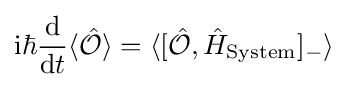
\mathrm {i} \hbar {\frac {\mathrm {d} }{\mathrm {d} t}}\langle {\hat {\mathcal {O}}}\rangle =\langle [{\hat {\mathcal {O}}},{\hat {H}}_{\mathrm {System} }]_{-}\rangle \;